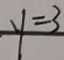
y = 3